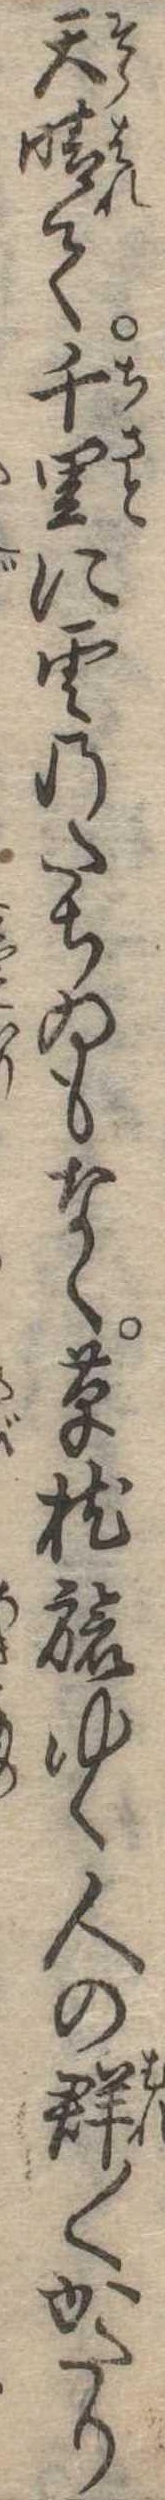
天晴て千里に雲のたちゐもなく草枕旅ゆく人の群〱かたり